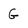
Character: G